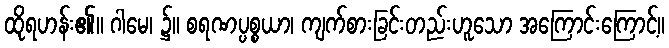
ထိုရဟန်း၏။ ဂါမေ၊ ၌။ စရဏပ္ပစ္စယာ၊ ကျက်စားခြင်းတည်းဟူသော အကြောင်းကြောင့်။